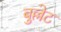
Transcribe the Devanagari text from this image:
बुल्लेट